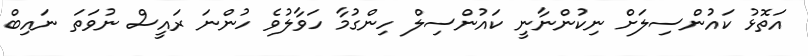
އަތޮޅު ކައުންސިލަށް ނިކުންނާނީ ކައުންސިލް ހިންގުމާ ހަވާލުވެ ހުންނަ ރައީސް ނުވަތަ ނައިބް